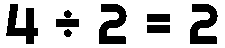
4 ÷ 2 = 2